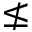
\nleq